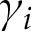
\gamma _ { i }